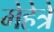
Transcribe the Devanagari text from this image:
मेहेत्रे